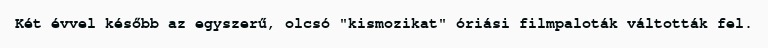
Két évvel később az egyszerű, olcsó "kismozikat" óriási filmpaloták váltották fel.